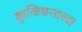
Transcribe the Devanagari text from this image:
कुज़ियनाल।